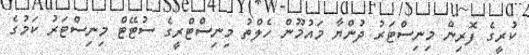
ކުރީގެ ފޮރިން މިނިސްޓަރު ދުންޔާ މައުމޫން ހެލްތު މިނިސްޓްރީގެ ސުޓޭޓް މިނިސްޓަރު ކަމުގެ